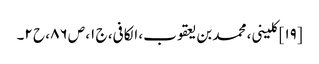
[۱۹] کلینی، محمد بن یعقوب، الکافی، ج ۱، ص ۸۶، ح ۲۔